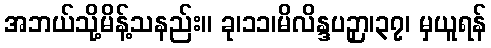
အဘယ်သို့မိန့်သနည်း။ ခု၊၁၁၊မိလိန္ဒပဉှာ၊၃၇၊ မှယူရန်